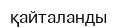
қайталанды